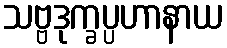
သဗ္ဗဒုက္ခပ္ပဟာနာယ